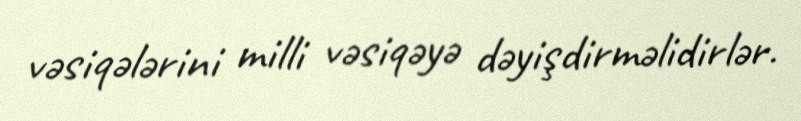
vəsiqələrini milli vəsiqəyə dəyişdirməlidirlər.